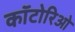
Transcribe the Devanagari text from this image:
कॉटोरिओ